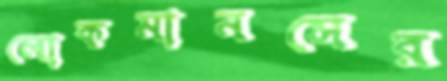
লোকমানসের